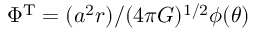
\Phi ^ { \mathrm { T } } = { { ( a ^ { 2 } r ) } / { ( 4 { \pi } G ) ^ { 1 / 2 } } } \phi ( \theta )